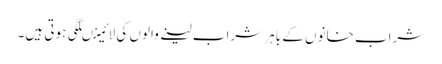
شراب خانوں کے باہر شراب لینے والوں کی لائینںلگی ہوتی ہیں۔